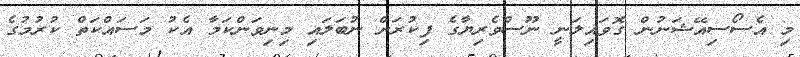
މި އެސޯސިއޭޝަނުން ގޮވައިލަނީ ނޫސްވެރިޔާގެ ފިކުރަށް ނުބަލައި މިނިވަންކަމާ އެކު މަސައްކަތް ކުރުމުގެ